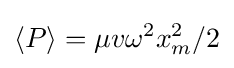
\langle P\rangle =\mu v\omega ^{2}x_{m}^{2}/2\,\!